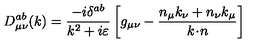
D _ { \mu \nu } ^ { a b } ( k ) = \frac { - i \delta ^ { a b } } { k ^ { 2 } + i \varepsilon } \left[ g _ { \mu \nu } - \frac { n _ { \mu } k _ { \nu } + n _ { \nu } k _ { \mu } } { k \! \cdot \! n } \right]